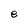
Character: e